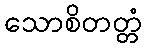
သောစိတတ္တံ